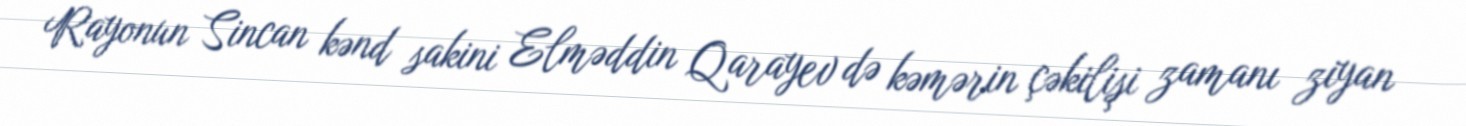
Rayonun Sincan kənd sakini Elməddin Qarayev də kəmərin çəkilişi zamanı ziyan